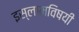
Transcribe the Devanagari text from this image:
इस्लामविषयी